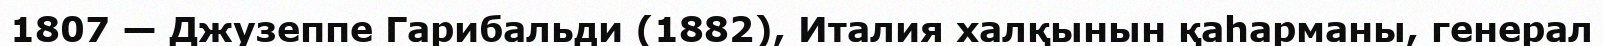
1807 — Джузеппе Гарибальди (1882), Италия халқынын қаһарманы, генерал